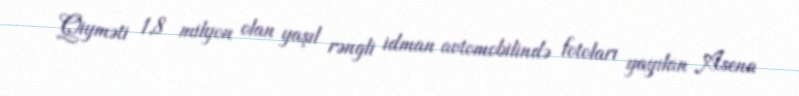
Qiyməti 1,8 milyon olan yaşıl rəngli idman avtomobilində fotoları yayılan Asena